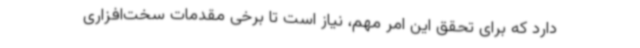
دارد که برای تحقق این امر مهم، نیاز است تا برخی مقدمات سخت‌افزاری